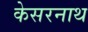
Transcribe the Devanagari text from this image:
केसरनाथ